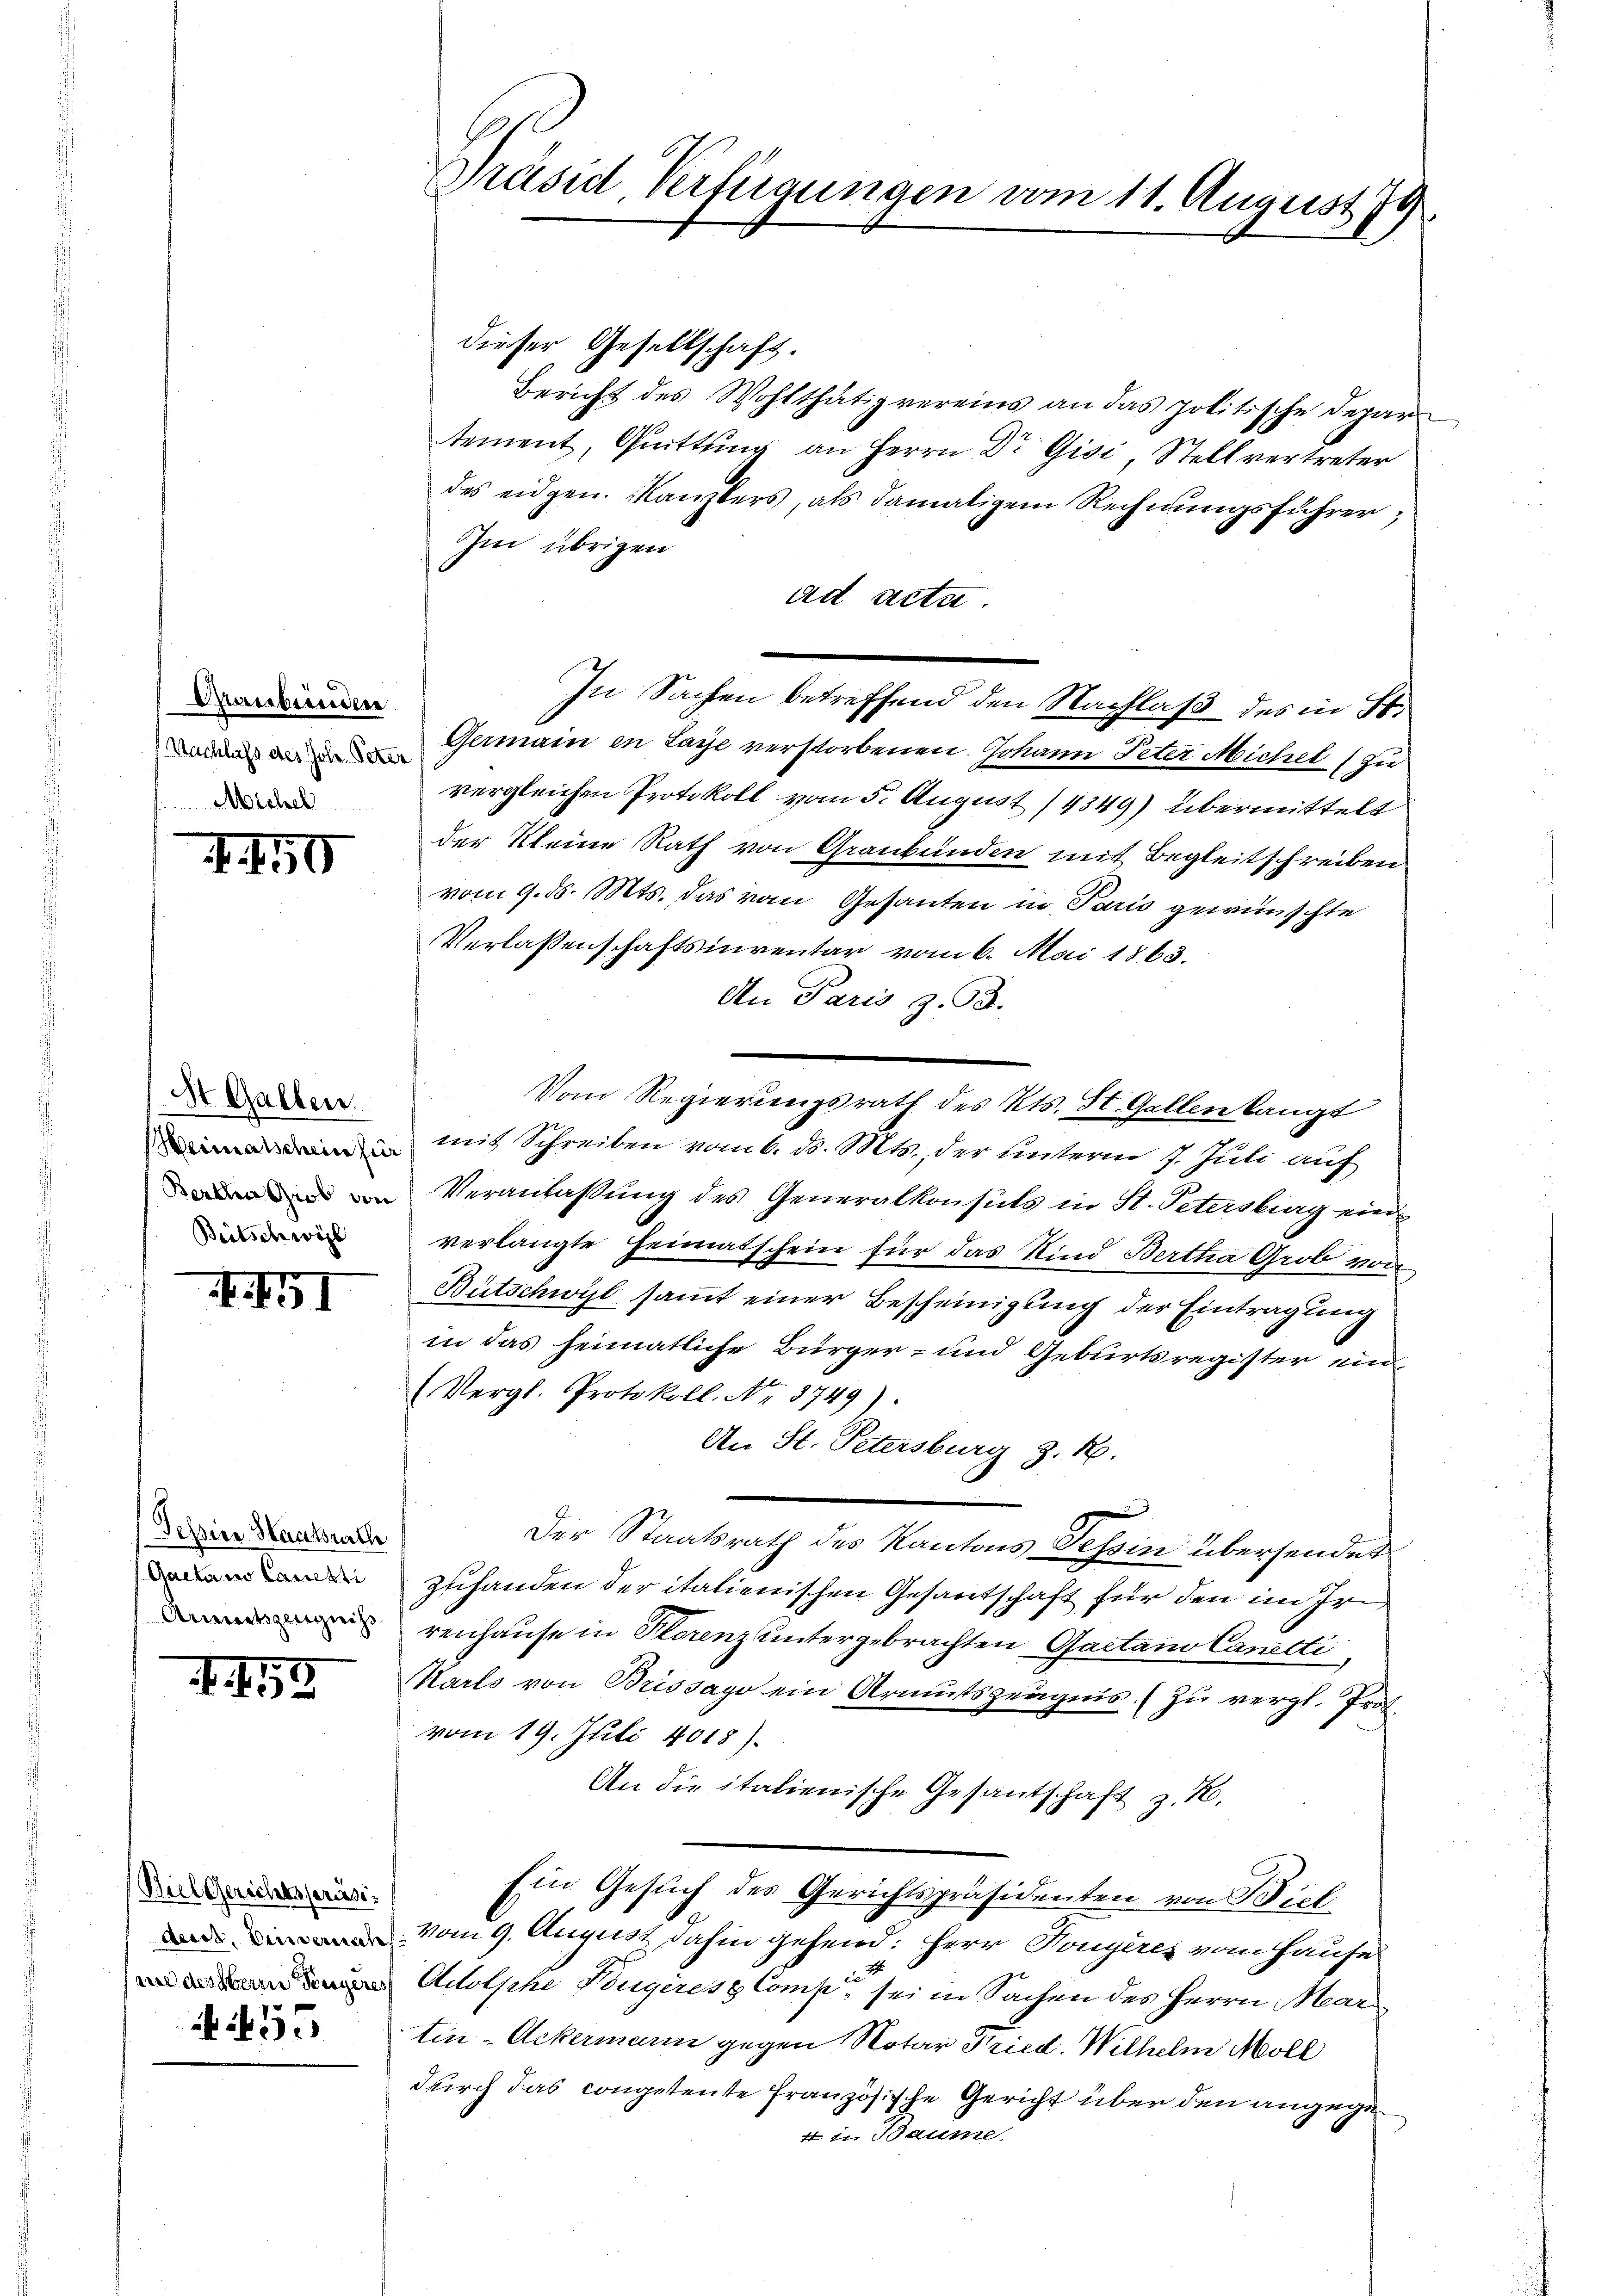
Grubenden
(Nachlaß des Joh. Peter
Michel

4.50

St. Gallen.
Betschwil

IGI

Pessine Staatswalle
Gaetano lauesti
Arnetszeugniß

. 452

Biel Gerichtspräsi
une des Herrn Fingeres
 53

Präsid Verfügungen vom 11. August 79

dieser Gesellschaft.
Bericht des Wohlthätig vereins an das politische Depar
tement, Quittung an Herrn Dr Gisi, Stellvertreter
des eidgen. Kanzlers, als damaligem Rechnungsführer;
Im übrigen
ad acta.
In Sachen betreffend den Nachlaß des in St.
Germain in Lage verstorbenen Johann Peter Michel (zu
vergleichen Protokoll vom 5. August 14349) übermittelt
der Kleine Rath von Graubünden mit Begleitschreiben
vom 9. d. Mts. das vom Gesanten in Paris gewünschte
Verlassenschaftsinventar vom 6. Mai 1863.
An Paris z. B.
Vom Regierungsrath des Kts. St. Gallen langt
n mit Schreiben vom 6. ds. Mts., der unterm 9. Juli auf
Veranlassung des Generalkonsuls in St. Petersburg ein
verlangte Heimatschein für das Kind Bertha Grob von
Bütschwyl sammt einer Bescheinigung der Eintragung
in das heimatliche Bürger- und Geburtsregister ein¬
(Vergl. Protokoll. No. 8749).
An St. Petersburg z. B.
Der Staatsrath des Kantons Tessin übersendet
zuhanden der italienischen Gesantschaft für den im Ir
renhause in Florenz untergebrachten Gactain Cantti
Karls von Brissago ein Armutszeŭgnis. (Zu vergl. Prot.
vom 19. Juli 4018).
An die italienische Gesantschaft z. B.
Ein Gesuch des Gerichtspräsidenten von Biel
Vom 9. August dahin gehend: Herr Donyères vom Hause
2
Adolphe Bougères Comp. sei in Sachen des Herrn Mar
tin-Ackermann gegen Notar Fried. Wilhelm Moll
durch das conpetente französische Gericht über den angege¬
4 in Baume.